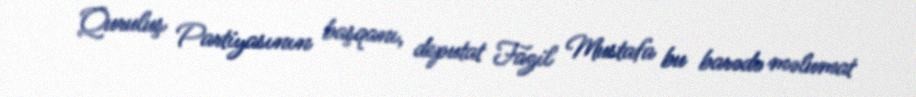
Quruluş Partiyasının başqanı, deputat Fazil Mustafa bu barədə məlumat